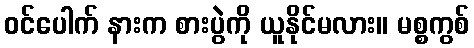
ဝင်ပေါက် နားက စားပွဲကို ယူနိုင်မလား။ မစ္စကွစ်